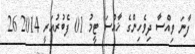
ފާނަ ވިއްސާ ދިވެހިންގެ ޚާއްސަ ޓީމު 01 ފެބުރުއަރީ 2014 26